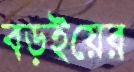
বড়ইয়ের